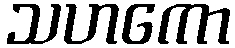
သဟကော